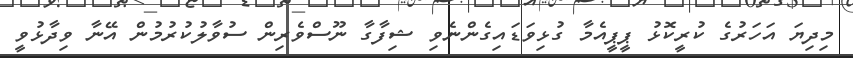
މިދިޔަ އަހަރުގެ ކުރީކޮޅު ޕީޕީއެމާ ގުޅިވަޑައިގެންނެވި ޝިފާގާ ނޫސްވެރިން ސުވާލުކުރުމުން އޭނާ ވިދާޅުވީ